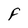
Character: F